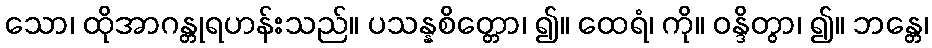
သော၊ ထိုအာဂန္တုရဟန်းသည်။ ပသန္နစိတ္တော၊ ၍။ ထေရံ၊ ကို။ ဝန္ဒိတွာ၊ ၍။ ဘန္တေ၊